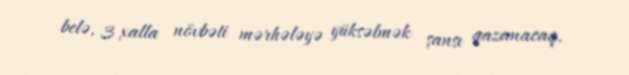
belə, 3 xalla növbəti mərhələyə yüksəlmək şansı qazanacaq.